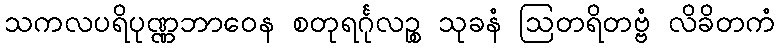
သကလပရိပုဏ္ဏဘာဝေန စတုရင်္ဂုလဉ္စ သုခနံ ဩတရိတဗ္ဗံ လိခိတကံ